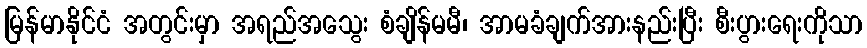
မြန်မာနိုင်ငံ အတွင်းမှာ အရည်အသွေး စံချိန်မမီ၊ အာမခံချက်အားနည်းပြီး စီးပွားရေးကိုသာ